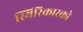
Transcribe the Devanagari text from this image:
स्थिरिकारको